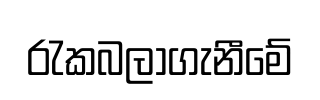
රැකබලාගැනීමේ